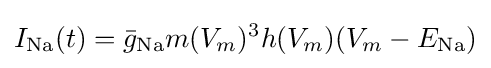
I_{\mathrm {Na} }(t)={\bar {g}}_{\mathrm {Na} }m(V_{m})^{3}h(V_{m})(V_{m}-E_{\mathrm {Na} })